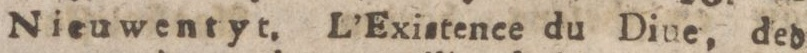
Nieuwentyt. L’Existence du Diue, ded